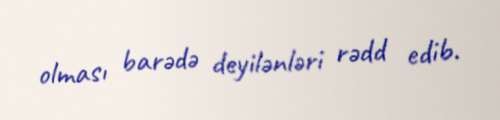
olması barədə deyilənləri rədd edib.